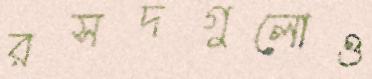
রসদগুলোও